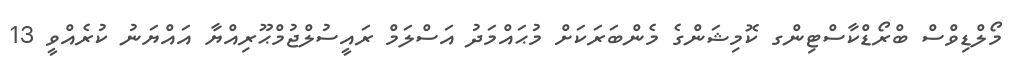
މޯލްޑިވްސް ބްރޯޑްކާސްޓިންގ ކޮމިޝަންގެ މެންބަރަކަށް މުޙައްމަދު އަސްލަމް ރައީސުލްޖުމްޙޫރިއްޔާ އައްޔަނު ކުރެއްވީ 13